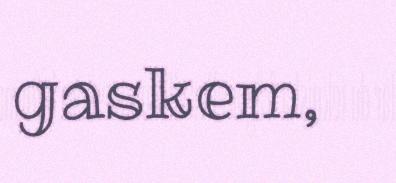
gaskem,